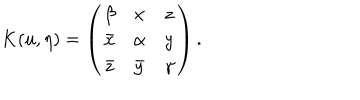
K ( u , \eta ) = \left( \begin{array} { c c c } { { \beta } } & { { x } } & { { z } } \\ { { \bar { x } } } & { { \alpha } } & { { y } } \\ { { \bar { z } } } & { { \bar { y } } } & { { \gamma } } \\ \end{array} \right) .